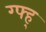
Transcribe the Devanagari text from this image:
ग्फ्ह्